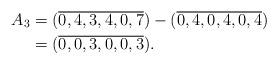
LaTeX: \begin{align*}A_3 &= (\overline{0,4,3,4,0,7} ) - (\overline{0,4,0,4,0,4} ) \\ & = (\overline{0,0,3,0,0,3} ). \end{align*}